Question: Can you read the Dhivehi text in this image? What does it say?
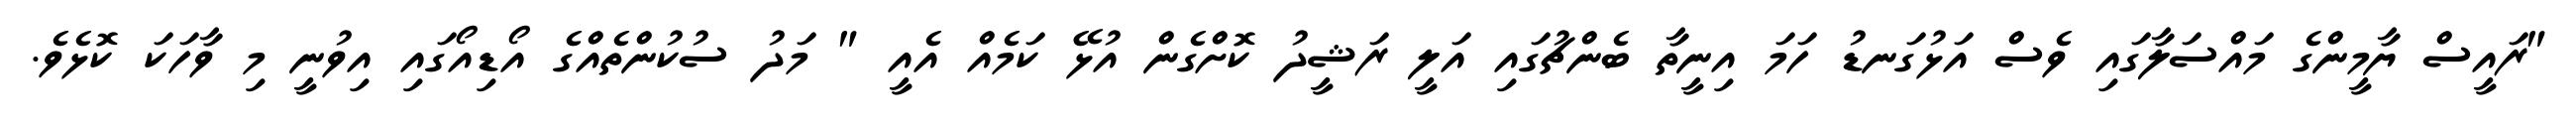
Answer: "ރައީސް ޔާމީންގެ މައްސަލާގައި ވެސް އަޅުގަނޑު ހަމަ އިނީތާ ބެންޗުގައި އަލީ ރަޝީދު ކޮށްގެން އުޅޭ ކަމެއް އެއީ " މަދު ސުކުންތެއްގެ އޯޑިއޯގައި އިވުނީ މި ވާހަކަ ކޮޅެވެ.